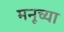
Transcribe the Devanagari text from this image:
मनूच्या